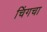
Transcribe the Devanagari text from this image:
चिंगचा